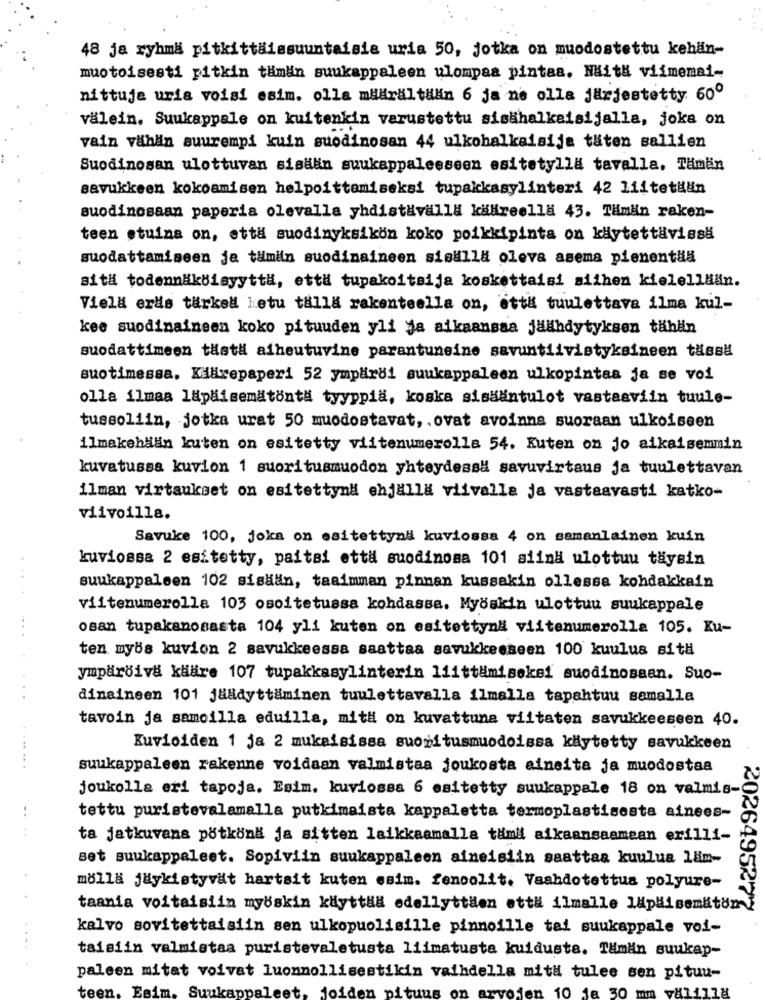
48 ja ryhma pitkittaissuuntaisie uria 50, jotka on muodostettu kehan-
muotoisesti pitkin taman suukappaleen ulompaa pintas. Naith viimemai-
nittuje uria voisi esim. olla miäraltlan 6 ja ne olla järjestetty 60º
välein. Suukappale on kuitenkin varustettu sisähalkaisijalla, joka on
vain vähän suurempi kuin suodinosan 44 ulkohalkaisije täten sallien
Suodinosan ulottuvan sisan suukappaleeseen esitetylla tavalla. Tämän
savukkeen kokoamisen helpoittemiseksi tupakkasylinteri 42 liitetHän
suodinosaan paperia olevalla yhdistavalla käkreella 43. Tämän raken-
teen stuina on, että suodinyksikon koko poikkipinta on käytettävissä
suodattamiseen je tamin suodinaineen sisulla oleva asema pienentua
sita todennäköisyyttä, että tupakoitsija koskettaisi siihen kielelllian.
Vielä eras türkel ketu talla rakenteella on, etth tuulettava ilma kul-
kee suodinaineen koko pituuden yli ja aikaansaa jäähdytyksen tählin
suodattimeen thst# aiheutuvine parantuneine savuntiivistyksineen tässä
suotimessa. Kaarepaperi 52 ympäröl suukappaleen ulkopintaa ja se voi
olla ilmaa lapaisemätönt# tyyppia, koska sisääntulot vastaaviin tuule-
tussoliin, jotka urat 50 muodostavat, . ovat avoinna suoraan ulkoiseen
ilmakehään kuten on esitetty viitenumerolla 54. Kuten on jo aikaisemmin
kuvatussa kuvion 1 suoritusmuodon yhteydessh savuvirtaus ja tuulettavan
ilman virtaukset on esitettynd ehjalla viivalla ja vastaavasti katko-
viivoilla.
Savuke 100, joka on esitettynä kuviossa 4 on samanlainen kuin
kuviossa 2 esitetty, paitai etta suodinosa 101 siina ulottuu taysin
...
suukappaløen 102 sisään, taaimman pinnan kussakin ollessa kohdakkain
viitenumerolla 103 osoitetussa kohdassa. Myöskin ulottuu suukappale
osan tupakanosasta 104 yli kuten on esitettynd viitenumerolla 105. Ku-
ten myös kuvion 2 savukkeessa saattaa savukkeeseen 100 kuulua sith
ympäröiva klare 107 tupakkasylinterin 11ittämisekei suodinosaan. Suo-
...
dinaineen 101 jäadyttäminen tuulettavalla ilmalla tapahtuu samalla
tavoin ja samoilla eduilla, mit# on kuvattuna viitaten savukkeeseen 40.
Kuvioiden 1 ja 2 mukaisissa suoritusmuodoissa käytetty savukkeen
.. ... ...
suukappaleen rakenne voidaan valmistaa joukosta aineita ja muodostaa
joukolla eri tapoja. Esim. kuviossa 6 esitetty suukappale 18 on valmis-
..
tettu puristevalamalla putkimaista kappaletta termoplastisesta ainees-
...
ta jatkuvana pötköna ja sitten laikkaamalla tämit aikaansaamean erilli-
set suukappaleet. Sopiviin suukappaleen aineisiin saattas kuulua laim-
molla jaykistyvät hartsit kuten esim. fenoolit. Vaahdotettua polyure-
taania voitaisiin mybskin kdyttaa edellyttien ett# ilmalle 1aplisemitom
2026495277
kalvo sovitettaisiin sen ulkopuolisille pinnoille tai suukappale voi-
...
taisiin valmistaa puristevaletusta liimatusta kuidusta. Tämän suukap-
paleen mitat voivat luonnollisestikin vaihdella mith tulee sen pituu-
teen. Esim. Suukapp
et, joiden pi
10 18 30 mm
vali178